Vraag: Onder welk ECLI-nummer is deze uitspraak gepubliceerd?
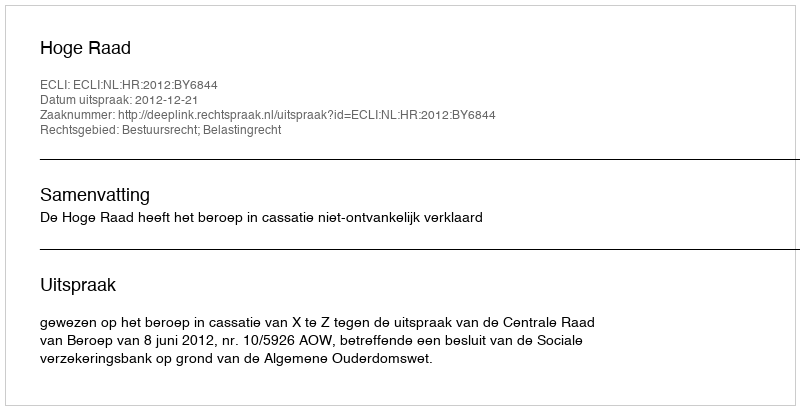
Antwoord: ECLI:NL:HR:2012:BY6844